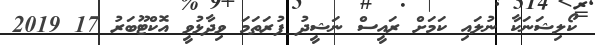
ކޯލިޝަނަކާ ނުލައި ކަމަށް ރައީސް ނަޝީދު ފުރަތަމަ ވިދާޅުވީ އޮކްޓޫބަރު 17 2019